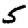
Digit: 5